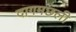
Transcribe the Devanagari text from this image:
दागमछली